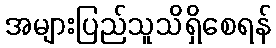
အများပြည်သူသိရှိစေရန်